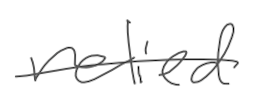
Text: relied
Cross-out: single-line
Writing tool: digital_gray